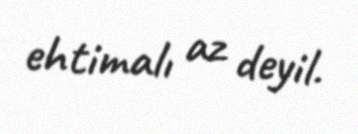
ehtimalı az deyil.